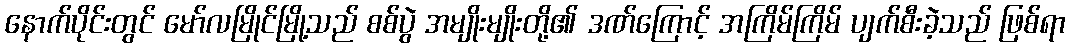
နောက်ပိုင်းတွင် မော်လမြိုင်မြို့သည် စစ်ပွဲ အမျိုးမျိုးတို့၏ ဒဏ်ကြောင့် အကြိမ်ကြိမ် ပျက်စီးခဲ့သည် ဖြစ်ရာ